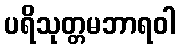
ပရိသုတ္တမဘာရဝါ